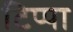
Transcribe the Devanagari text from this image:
टिप्पा